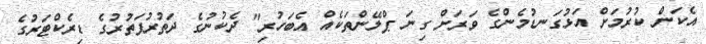
އެކަން ކުރުމަށް އަޅުގަނޑުމެންގެ ވަރަށް ގިނަ ޕްލޭންތަކެއް އެބަހުރި" ދެކުނުގެ ދަތުރުފަތުރުގެ ޑިރެކްޓަރުގެ